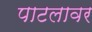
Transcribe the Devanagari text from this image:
पाटलावर